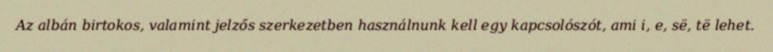
Az albán birtokos, valamint jelzős szerkezetben használnunk kell egy kapcsolószót, ami i, e, së, të lehet.